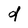
Character: d